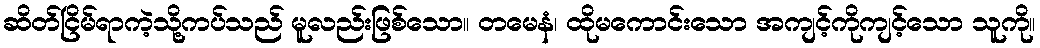
ဆိတ်ငြိမ်ရာကဲ့သို့ကပ်သည် မူလည်းဖြစ်သော။ တမေနံ၊ ထိုမကောင်းသော အကျင့်ကိုကျင့်သော သူကို။